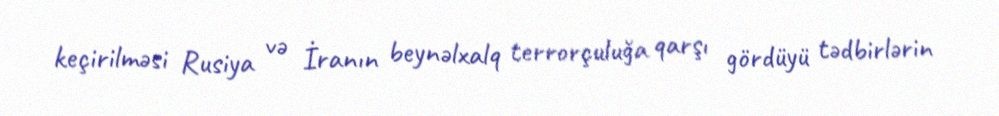
keçirilməsi Rusiya və İranın beynəlxalq terrorçuluğa qarşı gördüyü tədbirlərin